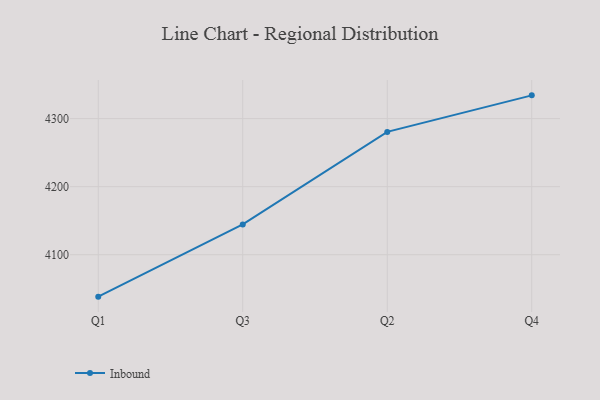
{"axis": {"x": "Quarter", "y": "Conversion Rate (%)"}, "legend": ["Inbound"], "data": [{"x": "Q1", "y": 4038.4, "type": "Inbound"}, {"x": "Q3", "y": 4144.5, "type": "Inbound"}, {"x": "Q2", "y": 4280.5, "type": "Inbound"}, {"x": "Q4", "y": 4334.2, "type": "Inbound"}]}